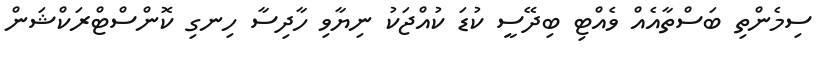
ސިމެންތި ބަސްތާއެއް ވެއްޓި ބިދޭސީ ކުޑަ ކުއްޖަކު ނިޔާވި ހާދިސާ ހިނގި ކޮންސްޓްރަކްޝަން